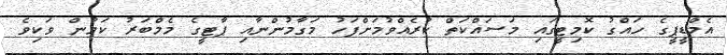
އެމްޑީޕީގެ ހައްގު ކޮމިޓީގައި މަސައްކަތް ކުރެއްވުމަށްފަހު މަގާމުންނާއި ޕާޓީގެ މެމްބަރު ކަމުން ވަކިވެ